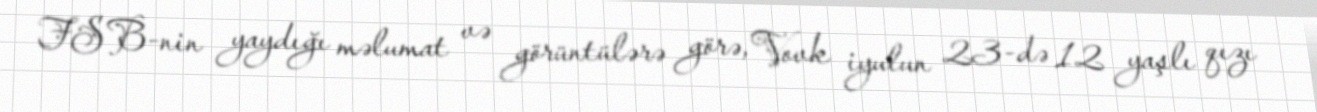
FSB-nin yaydığı məlumat və görüntülərə görə, Vovk iyulun 23-də 12 yaşlı qızı